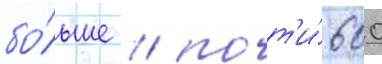
бо́льше / почт'и́ 600